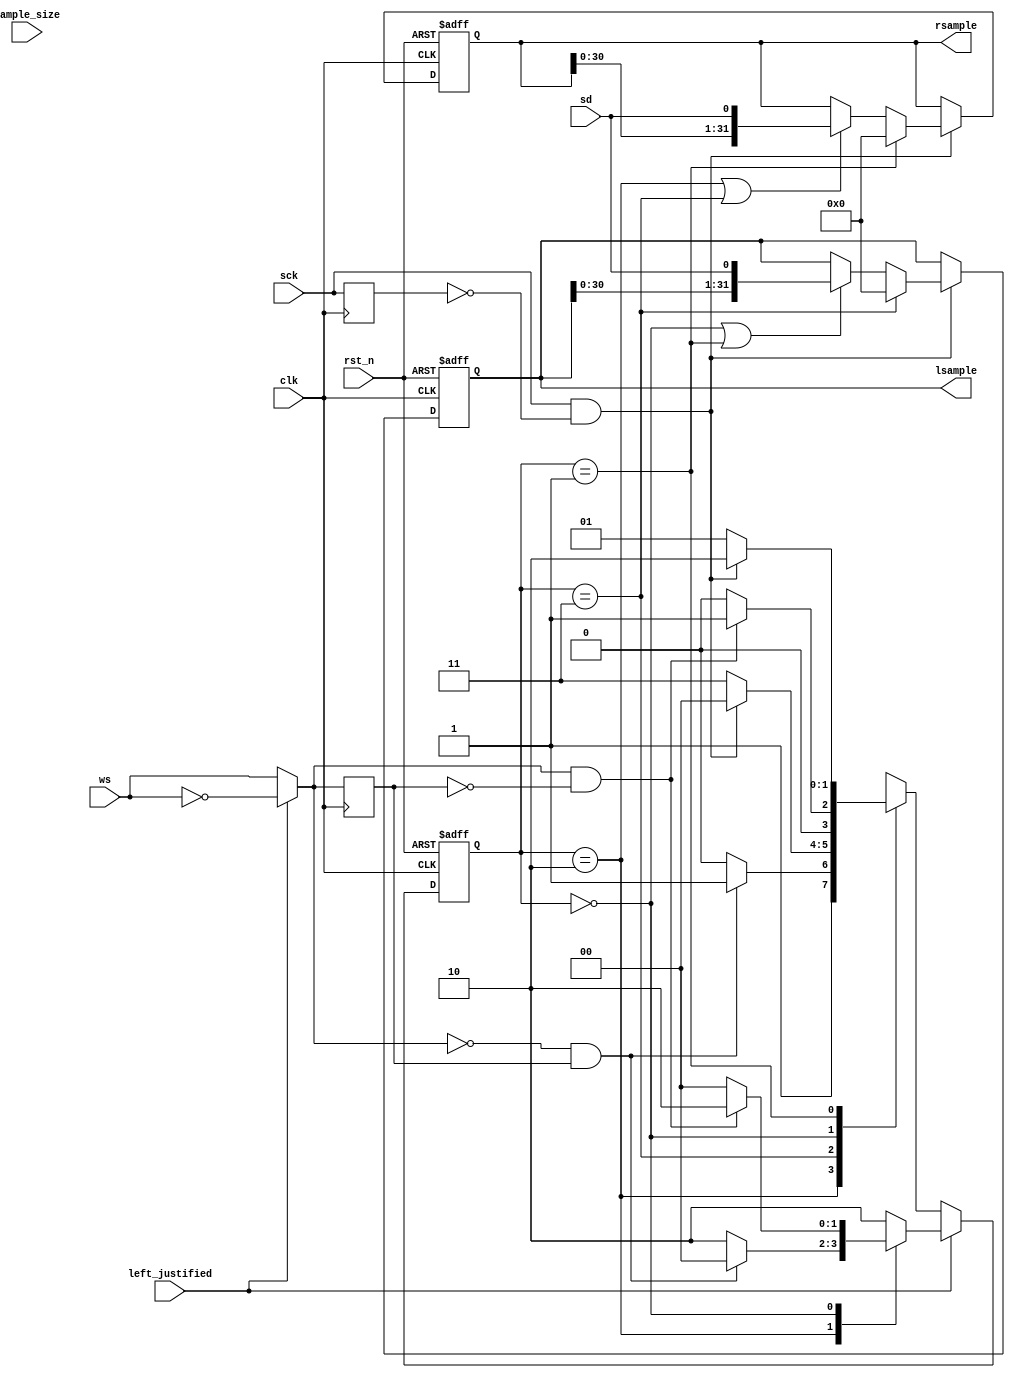
/*
	Copyright 2023 Efabless Corp.

	Author: Mohamed Shalan (mshalan@efabless.com)
	
	Licensed under the Apache License, Version 2.0 (the "License"); 
	you may not use this file except in compliance with the License. 
	You may obtain a copy of the License at:
	http://www.apache.org/licenses/LICENSE-2.0
	Unless required by applicable law or agreed to in writing, software 
	distributed under the License is distributed on an "AS IS" BASIS, 
	WITHOUT WARRANTIES OR CONDITIONS OF ANY KIND, either express or implied. 
	See the License for the specific language governing permissions and 
	limitations under the License.
*/

`default_nettype        none

`define     PED(clk, sig, pulse)    reg last_``sig``; wire pulse; always @(posedge clk) last_``sig`` <= sig; assign pulse = sig & ~last_``sig``;
`define     NED(clk, sig, pulse)    reg last_``sig``; wire pulse; always @(posedge clk) last_``sig`` <= sig; assign pulse = ~sig & last_``sig``;
`define     PNED(clk, sig, ppulse, npulse)    reg last_``sig``; wire npulse, ppulse; always @(posedge clk) last_``sig`` <= sig; assign npulse = ~sig & last_``sig``; assign ppulse = sig & ~last_``sig``;

module i2s_rx (
    input   wire        clk,
    input   wire        rst_n,
    input   wire        sd,
    input   wire        ws,
    input   wire        sck,

    input   wire        left_justified,
    input   wire [4:0]  sample_size,
    output  reg  [31:0] lsample,
    output  reg  [31:0] rsample
    
);

    wire word_select = left_justified ? ~ws : ws;
    `PNED(clk, word_select,  rw_pulse, lw_pulse)
    `PED(clk, sck, sck_pulse)
    
    reg [1:0]   lw_state;
    reg [1:0]   lw_state_next;

    reg [4:0]   bit_cnt;

    localparam [1:0] LEFT = 2'b00, RIGHT = 2'b10, LEFT_LSB = 2'b01, RIGHT_LSB = 2'b11; 

    always @(posedge clk or negedge rst_n)
        if(!rst_n)
            lw_state <= RIGHT;
        else
            lw_state <= lw_state_next;

    /*
            In the left justify mode, ws levels are inverted.
    */
    always @* 
        if(left_justified)
            case (lw_state)
                RIGHT       :   if(lw_pulse)    lw_state_next = LEFT; else lw_state_next = RIGHT;
                LEFT        :   if(rw_pulse)    lw_state_next = RIGHT; else lw_state_next = LEFT;
                default     :   lw_state_next = RIGHT;
            endcase
        else
            case (lw_state)
                RIGHT       :   if(lw_pulse)    lw_state_next = RIGHT_LSB; else lw_state_next = RIGHT;
                RIGHT_LSB   :   if(sck_pulse)   lw_state_next = LEFT; else lw_state_next = RIGHT_LSB;
                LEFT        :   if(rw_pulse)    lw_state_next = LEFT_LSB; else lw_state_next = LEFT;
                LEFT_LSB    :   if(sck_pulse)   lw_state_next = RIGHT; else lw_state_next = LEFT_LSB;
                default     :   lw_state_next = RIGHT;
            endcase

/*
    always @(posedge clk or negedge rst_n)
        if(!rst_n)
            bit_cnt <= 5'b0;
        else
            if(sck_pulse)
                if(lw_state == RIGHT_LSB || lw_state == LEFT_LSB)
                    bit_cnt <= sample_size;
                else
                    bit_cnt <= bit_cnt - 1;
*/
    always @(posedge clk or negedge rst_n)
        if(!rst_n)
            lsample <= 32'b0;
        else
            if(sck_pulse)
                if(lw_state == RIGHT_LSB)
                    lsample <= 32'b0;
                else if((lw_state == LEFT) || (lw_state == LEFT_LSB))
                    lsample <= {lsample[30:0], sd};

    always @(posedge clk or negedge rst_n)
        if(!rst_n)
            rsample <= 32'b0;
        else
            if(sck_pulse)
                if(lw_state == LEFT_LSB)
                    rsample <= 32'b0;
                else if((lw_state == RIGHT) || (lw_state == RIGHT_LSB))
                    rsample <= {rsample[30:0], sd};

endmodule

module I2SFIFO #(parameter DW=8, AW=4)(
    input     wire            clk,
    input     wire            rst_n,
    input     wire            rd,
    input     wire            wr,
    input     wire [DW-1:0]   w_data,
    output    wire            empty,
    output    wire            full,
    output    wire [DW-1:0]   r_data,
    output    wire [AW-1:0]   level    
);

    localparam  DEPTH = 2**AW;

    //Internal Signal declarations
    reg [DW-1:0]  array_reg [DEPTH-1:0];
    reg [AW-1:0]  w_ptr_reg;
    reg [AW-1:0]  w_ptr_next;
    reg [AW-1:0]  w_ptr_succ;
    reg [AW-1:0]  r_ptr_reg;
    reg [AW-1:0]  r_ptr_next;
    reg [AW-1:0]  r_ptr_succ;

  // Level
    reg [AW-1:0] level_reg;
    reg [AW-1:0] level_next;      
    reg full_reg;
    reg empty_reg;
    reg full_next;
    reg empty_next;
  
  wire w_en;
  

  always @ (posedge clk)
    if(w_en)
    begin
      array_reg[w_ptr_reg] <= w_data;
    end

  assign r_data = array_reg[r_ptr_reg];   

  assign w_en = wr & ~full_reg;           

//State Machine
  always @ (posedge clk, negedge rst_n)
  begin
    if(!rst_n)
      begin
        w_ptr_reg <= 0;
        r_ptr_reg <= 0;
        full_reg <= 1'b0;
        empty_reg <= 1'b1;
        level_reg <= 4'd0;
      end
    else
      begin
        w_ptr_reg <= w_ptr_next;
        r_ptr_reg <= r_ptr_next;
        full_reg <= full_next;
        empty_reg <= empty_next;
        level_reg <= level_next;
      end
  end


//Next State Logic
  always @*
  begin
    w_ptr_succ = w_ptr_reg + 1;
    r_ptr_succ = r_ptr_reg + 1;
    
    w_ptr_next = w_ptr_reg;
    r_ptr_next = r_ptr_reg;
    full_next = full_reg;
    empty_next = empty_reg;
    level_next = level_reg;
    
    case({w_en,rd})
      //2'b00: nop
      2'b01:
        if(~empty_reg)
          begin
            r_ptr_next = r_ptr_succ;
            full_next = 1'b0;
            level_next = level_reg - 1;
            if (r_ptr_succ == w_ptr_reg)
              empty_next = 1'b1;
          end
      2'b10:
        if(~full_reg)
          begin
            w_ptr_next = w_ptr_succ;
            empty_next = 1'b0;
            level_next = level_reg + 1;
            if (w_ptr_succ == r_ptr_reg)
              full_next = 1'b1;
          end
      2'b11:
        begin
          w_ptr_next = w_ptr_succ;
          r_ptr_next = r_ptr_succ;
        end
    endcase
  end

    //Set Full and Empty

  assign full = full_reg;
  assign empty = empty_reg;

  assign level = level_reg;
  
endmodule

module EF_I2S (
    input   wire        clk,
    input   wire        rst_n,
    
    output   wire        ws,
    output   wire        sck,
    input   wire        sdi,
    output  wire        sdo,

    input   wire        fifo_rd,
    input   wire [4:0]  fifo_level_threshold,
    output  wire        fifo_full,
    output  wire        fifo_empty,
    output  wire [4:0]  fifo_level,
    output  wire        fifo_level_above,
    output  wire [31:0] fifo_rdata,

    input   wire        sign_extend,
    input   wire        left_justified,
    input   wire [4:0]  sample_size,
    input   wire [7:0]  sck_prescaler,
    input   wire [1:0]  channels,
    input   wire        en         // 10: left, 01: right, 11: both (stereo)
); 

    reg         sck_reg;
    reg         ws_reg;
    reg [7:0]   prescaler;
    reg [4:0]   bit_ctr;

    assign      sck = sck_reg;
    assign      ws = ws_reg;

    wire [31:0] rsample, lsample;

    reg [31:0]  sample;

    always @ (posedge clk, negedge rst_n)
        if(!rst_n)
            prescaler <= 8'b0;
        else if(en)
            if(prescaler == 8'b0)
                prescaler <= sck_prescaler;
            else 
                prescaler <= prescaler - 1'b1;

    always @ (posedge clk, negedge rst_n)
        if(!rst_n)
            sck_reg <= 1'b0;
        else if(en==1'b1 && prescaler == 8'b0)
            sck_reg <= !sck_reg;
    
    always @ (posedge clk, negedge rst_n)
        if(!rst_n)
            bit_ctr <= 5'b0;
        else if(en == 1'b1 && prescaler == 8'b0 && sck_reg == 1'b1)
            bit_ctr <= bit_ctr + 1'b1;
    
    always @ (posedge clk, negedge rst_n)
        if(!rst_n)
            ws_reg <= 1'b1;
        else
            if(en == 1'b1 && bit_ctr == 5'b0 && prescaler == 8'b0 && sck_reg == 1'b1)
                ws_reg <= !ws_reg;
/*
    always @ (posedge clk, negedge rst_n)
        if(!rst_n)
            sample <= 32'b0;
        else
            if(en == 1'b1 && bit_ctr == 5'b0 && prescaler == 8'b0 && sck_reg == 1'b1)
                if(ws_reg & channels[0]) sample <= (rsample >> (32-sample_size));
                else if(~ws_reg & channels[1]) sample <= (lsample >> (32-sample_size));
*/
    wire        fifo_wr = (en == 1'b1 && bit_ctr == 5'b0 && prescaler == 8'b0 && sck_reg == 1'b1) && ((ws_reg & channels[0]) || (~ws_reg & channels[1]));

    wire [31:0] rsample_sign = sign_extend ? {32{rsample[31]}} << sample_size : 32'b0;
    wire [31:0] lsample_sign = sign_extend ? {32{lsample[31]}} << sample_size : 32'b0;

    wire [31:0] fifo_wdata = ws_reg ?  (rsample >> (32-sample_size)) | rsample_sign : (lsample >> (32-sample_size)) | lsample_sign;

    assign      fifo_level_above = fifo_level > fifo_level_threshold;

    i2s_rx RX (
        .clk(clk),
        .rst_n(rst_n),
        .sd(sdi),
        .ws(ws),
        .sck(sck),
        .left_justified(left_justified),
        .sample_size(sample_size),
        .lsample(lsample),
        .rsample(rsample)
    );

    I2SFIFO #(.DW(32), .AW(5)) I2SFIFO (
        .clk(clk),
        .rst_n(rst_n),
        .rd(fifo_rd),
        .wr(fifo_wr),
        .w_data(fifo_wdata),
        .empty(fifo_empty),
        .full(fifo_full),
        .r_data(fifo_rdata),
        .level(fifo_level)    
    );

endmodule